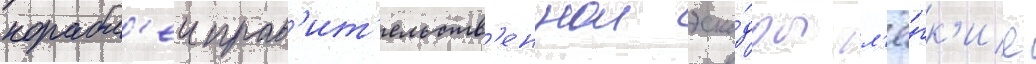
корабл'еи прав'ит'ельств'еннои эска́дры л'ё́гк'ие